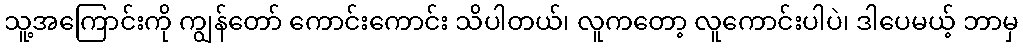
သူ့အကြောင်းကို ကျွန်တော် ကောင်းကောင်း သိပါတယ်၊ လူကတော့ လူကောင်းပါပဲ၊ ဒါပေမယ့် ဘာမှ